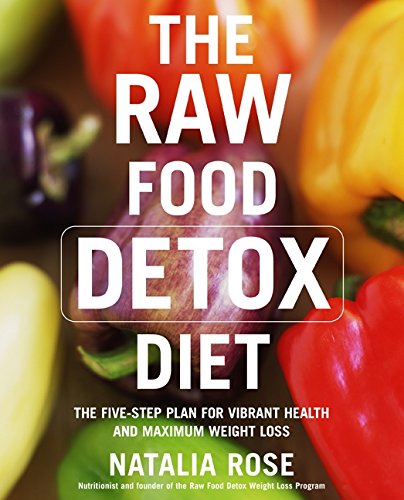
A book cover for The Raw Food Detox Diet: The Five-Step Plan for Vibrant Health and Maximum Weight Loss (Raw Food Series); Natalia Rose; Health, Fitness & Dieting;